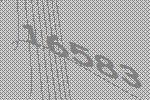
16583